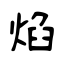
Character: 焰